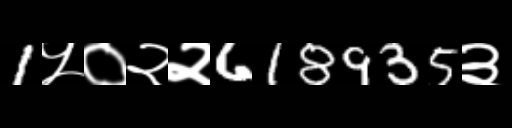
Text: 1५०२२618935३